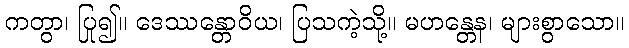
ကတွာ၊ ပြု၍။ ဒေဿန္တောဝိယ၊ ပြသကဲ့သို့။ မဟန္တေန၊ များစွာသော။